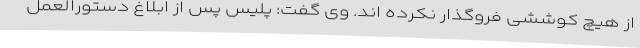
از هیچ کوششی فروگذار نکرده اند. وی گفت: پلیس پس از ابلاغ دستورالعمل